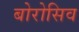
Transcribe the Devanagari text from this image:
बोरोसिव